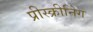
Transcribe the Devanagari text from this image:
प्रीस्क्रीनिंग